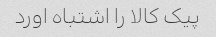
پیک کالا را اشتباه اورد